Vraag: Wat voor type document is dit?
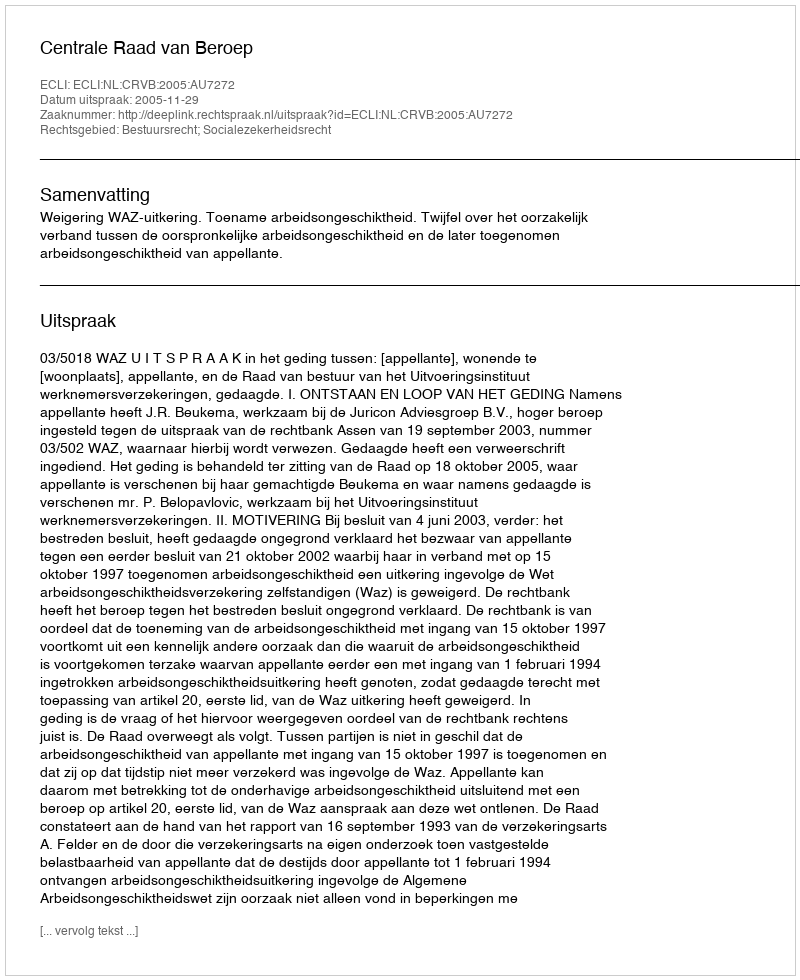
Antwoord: Uitspraak